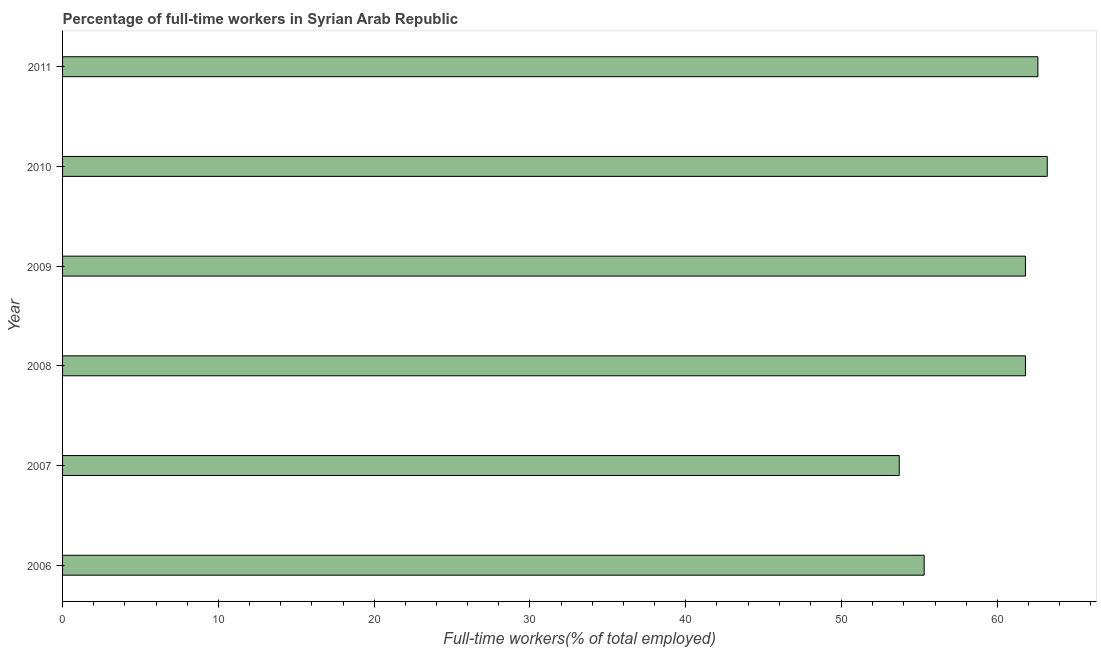
| Year | Wage and salaried workers |
 | --- | --- |
 | 2006 | 55.3 |
 | 2007 | 53.7 |
 | 2008 | 61.8 |
 | 2009 | 61.8 |
 | 2010 | 63.2 |
 | 2011 | 62.6 |